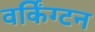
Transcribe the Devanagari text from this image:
वर्किंग्टन